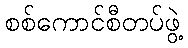
စစ်ကောင်စီတပ်ဖွဲ့